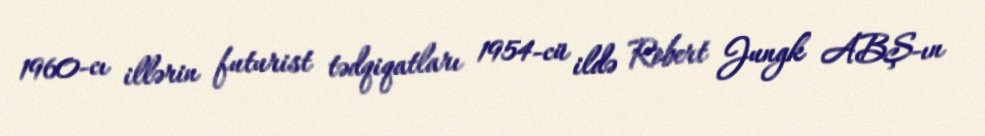
1960-cı illərin futurist tədqiqatları 1954-cü ildə Robert Jungk ABŞ-ın